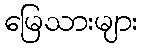
မြေသားများ